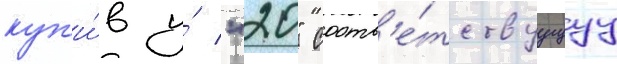
куп'и́в у́ "20" соотв'е́тствуущуу